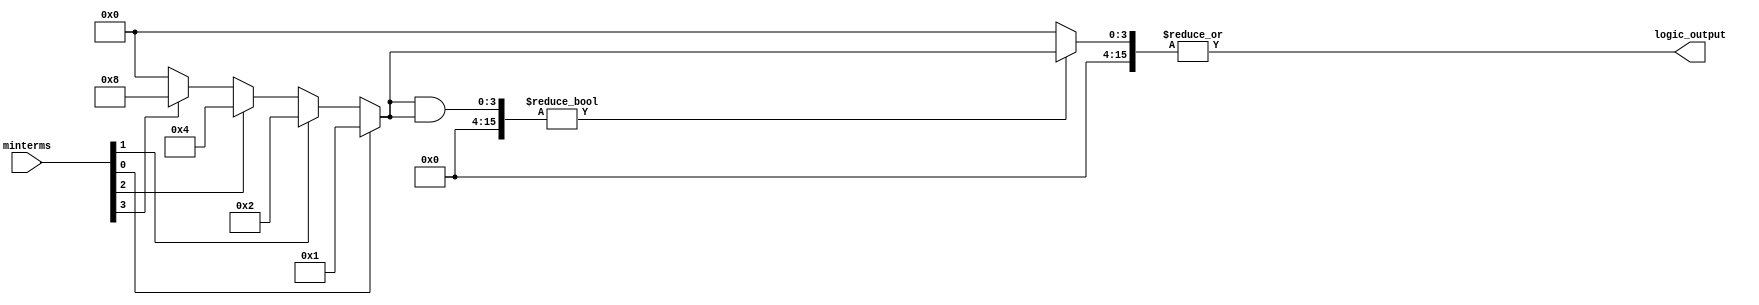
module EssentialPrimeImplicants (
    input wire [3:0] minterms, // 4-bit input representing minterms (e.g., 0b0001 for minterm 1)
    output wire logic_output    // Output of the minimized logic function
);

    // Internal signals
    wire [15:0] truth_table; // 16 possible combinations for 4 input bits
    wire [15:0] prime_implicants;
    wire [15:0] essential_prime_implicants;

    // Generate truth table based on minterms
    assign truth_table = (minterms[0]) ? 16'b0000000000000001 : 16'b0 |
                         (minterms[1]) ? 16'b0000000000000010 : 16'b0 |
                         (minterms[2]) ? 16'b0000000000000100 : 16'b0 |
                         (minterms[3]) ? 16'b0000000000001000 : 16'b0 |
                         (minterms[4]) ? 16'b0000000000010000 : 16'b0 |
                         (minterms[5]) ? 16'b0000000000100000 : 16'b0 |
                         (minterms[6]) ? 16'b0000000001000000 : 16'b0 |
                         (minterms[7]) ? 16'b0000000010000000 : 16'b0 |
                         (minterms[8]) ? 16'b0000000100000000 : 16'b0 |
                         (minterms[9]) ? 16'b0000001000000000 : 16'b0 |
                         (minterms[10]) ? 16'b0000010000000000 : 16'b0 |
                         (minterms[11]) ? 16'b0000100000000000 : 16'b0 |
                         (minterms[12]) ? 16'b0001000000000000 : 16'b0 |
                         (minterms[13]) ? 16'b0010000000000000 : 16'b0 |
                         (minterms[14]) ? 16'b0100000000000000 : 16'b0 |
                         (minterms[15]) ? 16'b1000000000000000 : 16'b0;

    // Example of generating prime implicants based on truth table
    // This is a placeholder for the actual prime implicant generation logic
    assign prime_implicants = truth_table; // Simplified for demonstration

    // Identify essential prime implicants (this is a simplified logic)
    assign essential_prime_implicants = (prime_implicants & truth_table) ? prime_implicants : 16'b0;

    // Final output logic by ORing the essential prime implicants
    assign logic_output = |essential_prime_implicants; // OR reduction

endmodule